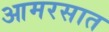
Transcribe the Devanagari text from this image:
आमरसात